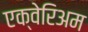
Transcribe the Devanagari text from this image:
एक्वेरिअम